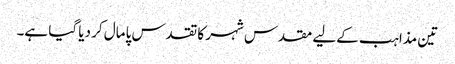
تین مذاہب کےلیے مقدس شہر کا تقدس پامال کر دیا گیا ہے۔